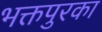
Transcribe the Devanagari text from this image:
भक्तपुरका